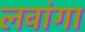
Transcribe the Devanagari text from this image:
लवांगा